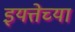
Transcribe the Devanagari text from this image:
इयत्तेच्या